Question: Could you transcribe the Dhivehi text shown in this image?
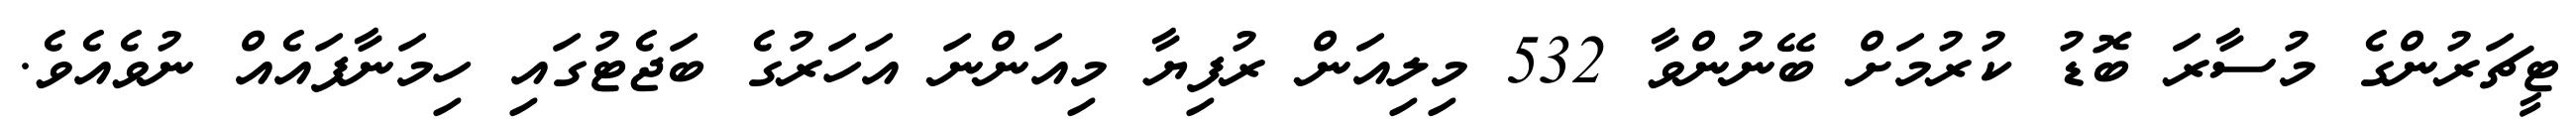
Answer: ޓީޗަރުންގެ މުސާރަ ބޮޑު ކުރުމަށް ބޭނުންވާ 532 މިލިއަން ރުފިޔާ މިއަންނަ އަހަރުގެ ބަޖެޓުގައި ހިމަނާފައެއް ނުވެއެވެ.